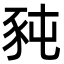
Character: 豘